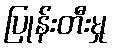
ပြုန်းတီးမှု